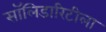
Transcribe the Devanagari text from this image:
सॉलिडारिटीला